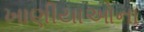
ખાણીયાઓના